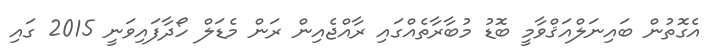
އެގޮތުން ބައިނަލްއަޤްވާމީ ބޮޑު މުބާރާތެއްގައި ރާއްޖެއިން ރަން މެޑަލް ހޯދާފައިވަނީ 2015 ގައި